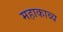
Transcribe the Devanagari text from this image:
महाकाब्‍य